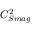
C _ { S m a g } ^ { 2 }